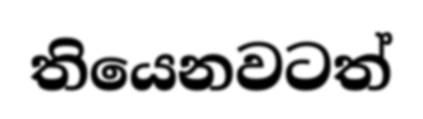
තියෙනවටත්